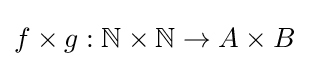
f\times g:\mathbb {N} \times \mathbb {N} \to A\times B